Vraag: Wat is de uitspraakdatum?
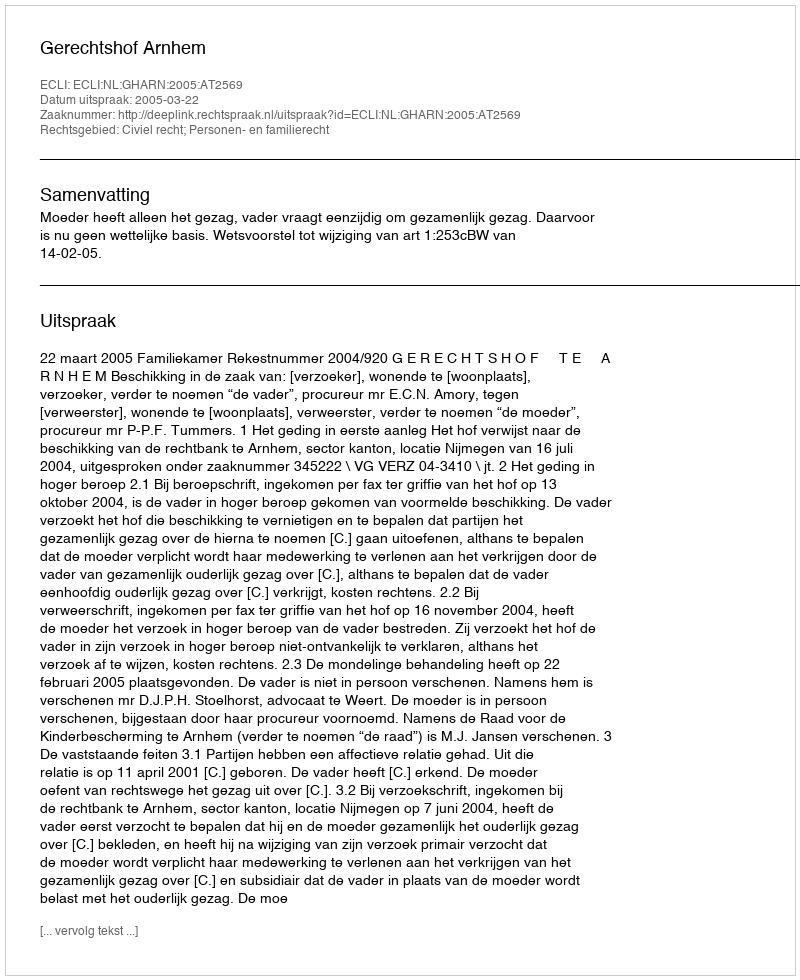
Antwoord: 2005-03-22